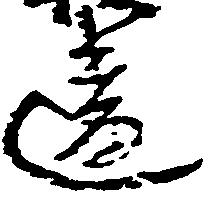
違